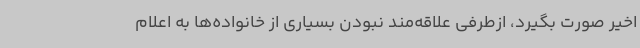
اخیر صورت بگیرد، ازطرفی علاقه‌مند نبودن بسیاری از خانواده‌ها به اعلام